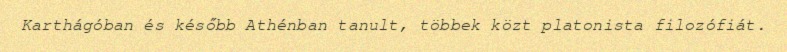
Karthágóban és később Athénban tanult, többek közt platonista filozófiát.